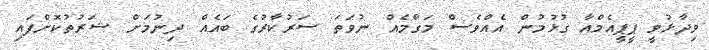
ވިދާޅުވީ ޕީޕީއެމްއާ ގުޅުމުން އެއްވެސް މަގާމެއް ނުވަތަ ސަރުކާރުގެ ބައެއް ދިނުމަށް ޝަރުތުކޮށްފައި